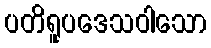
ပတိရူပဒေသဝါသော